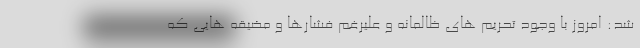
شد: امروز با وجود تحریم های ظالمانه و علیرغم فشارها و مضیقه هایی که